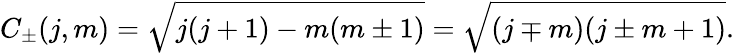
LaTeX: C_{\pm}(j,m)={\sqrt{j(j+1)-m(m\pm 1)}}={\sqrt{(j\mp m)(j\pm m+1)}}.